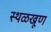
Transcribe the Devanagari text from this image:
स्थळखूण